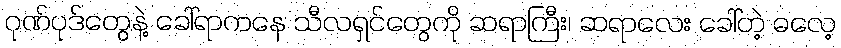
ဂုဏ်ပုဒ်တွေနဲ့ ခေါ်ရာကနေ သီလရှင်တွေကို ဆရာကြီး၊ ဆရာလေး ခေါ်တဲ့ ဓလေ့